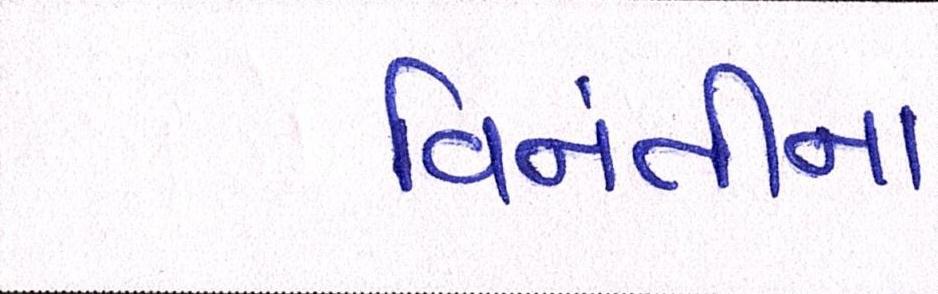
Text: વિનંતીના